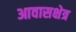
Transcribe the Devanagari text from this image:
आवासक्षेत्र